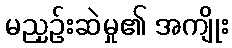
မညှဉ်းဆဲမှု၏ အကျိုး